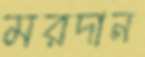
মরদান